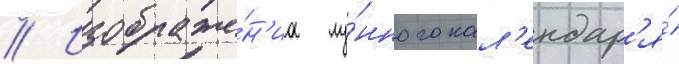
// Изображе́н'иа лу́нного кал'ендар'я́